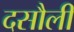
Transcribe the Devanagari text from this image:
दसौली